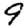
Digit: 9